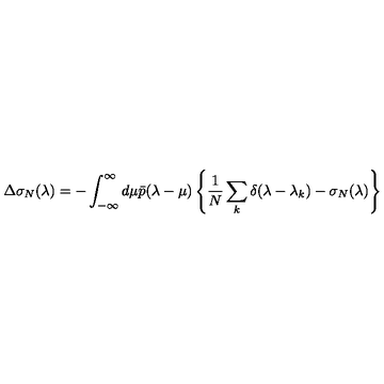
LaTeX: \Delta \sigma _ { N } ( \lambda ) = - \int _ { - \infty } ^ { \infty } d \mu \bar { p } ( \lambda - \mu ) \left\{ \frac { 1 } { N } \sum _ { k } \delta ( \lambda - \lambda _ { k } ) - \sigma _ { N } ( \lambda ) \right\}